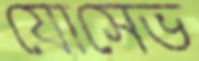
যোসেভ